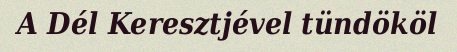
A Dél Keresztjével tündököl